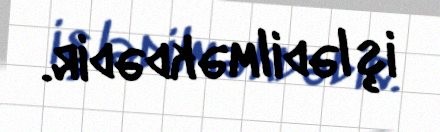
işlədilməkdədir.